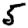
Digit: 5